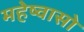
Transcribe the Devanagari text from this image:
महेष्वासो